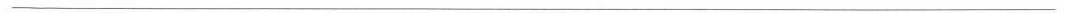
___